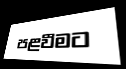
පළවීමට